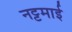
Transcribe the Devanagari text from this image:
नट्टमाई